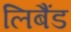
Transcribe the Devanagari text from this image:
लिबैंड